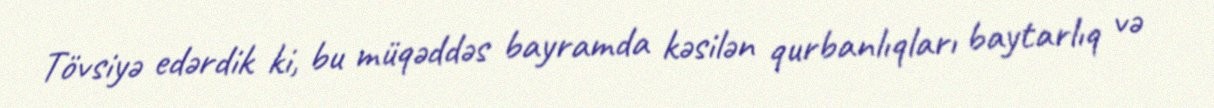
Tövsiyə edərdik ki, bu müqəddəs bayramda kəsilən qurbanlıqları baytarlıq və